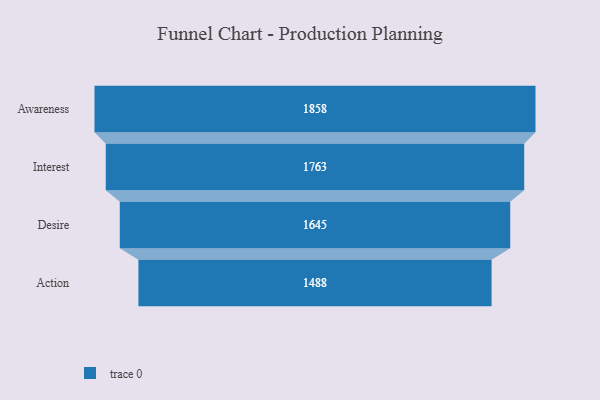
{"axis": {"x": "Stage", "y": "Value"}, "legend": [""], "data": [{"x": "Awareness", "y": 1858.0, "type": ""}, {"x": "Interest", "y": 1763.0, "type": ""}, {"x": "Desire", "y": 1645.0, "type": ""}, {"x": "Action", "y": 1488.0, "type": ""}]}